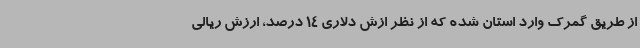
از طریق گمرک وارد استان شده که از نظر ازش دلاری 14 درصد، ارزش ریالی